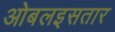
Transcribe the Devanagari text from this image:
ओबलइसतार